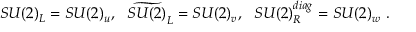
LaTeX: S U ( 2 ) _ { L } = S U ( 2 ) _ { u } , ~ ~ \widetilde { S U ( 2 ) } _ { L } = S U ( 2 ) _ { v } , ~ ~ S U ( 2 ) _ { R } ^ { d i a g } = S U ( 2 ) _ { w } \ .